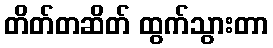
တိတ်တဆိတ် ထွက်သွားတာ